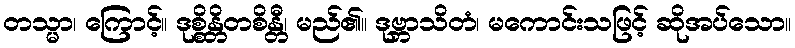
တသ္မာ၊ ကြောင့်။ ဒုစ္စိန္တိတစိန္တီ၊ မည်၏။ ဒုဗ္ဘာသိတံ၊ မကောင်းသဖြင့် ဆိုအပ်သော။